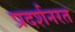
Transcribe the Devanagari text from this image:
प्रदर्शनरत